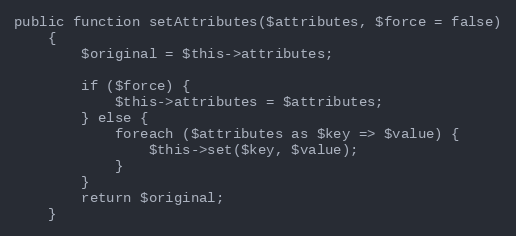
Language: PHP
public function setAttributes($attributes, $force = false)
    {
        $original = $this->attributes;

        if ($force) {
            $this->attributes = $attributes;
        } else {
            foreach ($attributes as $key => $value) {
                $this->set($key, $value);
            }
        }
        return $original;
    }